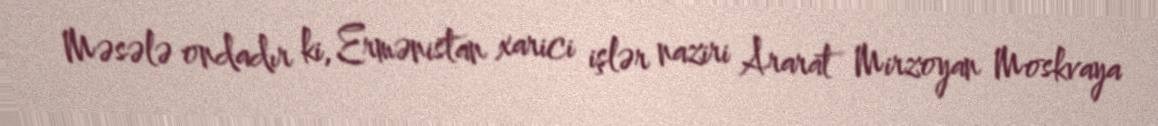
Məsələ ondadır ki, Ermənistan xarici işlər naziri Ararat Mirzoyan Moskvaya